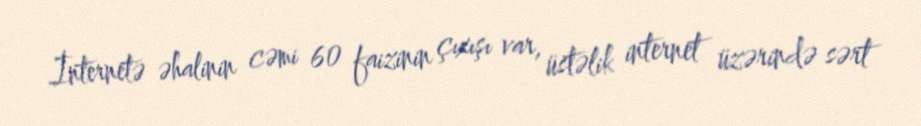
İnternetə əhalinin cəmi 60 faizinin çıxışı var, üstəlik internet üzərində sərt